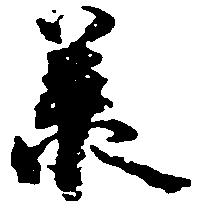
承